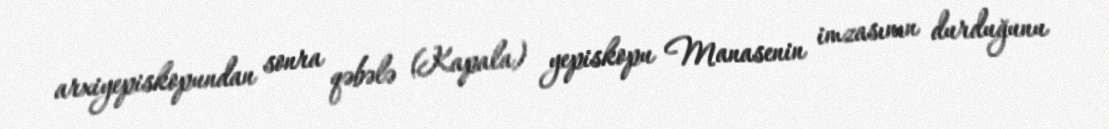
arxiyepiskopundan sonra qəbələ (Kapala) yepiskopu Manasenin imzasının durduğunu